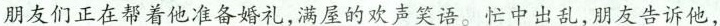
朋友们正在帮着他准备婚礼，满屋的欢声笑语。忙中出乱，朋友告诉他，